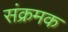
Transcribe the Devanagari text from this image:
संक्रमक